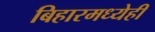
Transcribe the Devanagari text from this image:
बिहारमध्येही